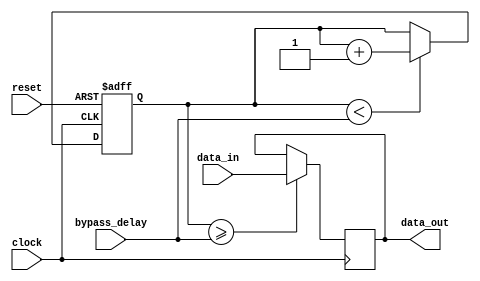
module bypass_register (
    input wire clock,
    input wire reset,
    input wire [3:0] bypass_delay,
    input wire data_in,
    output reg data_out
);

reg [3:0] counter;

always @(posedge clock or posedge reset) begin
    if (reset)
        counter <= 4'b0000;
    else if (counter < bypass_delay)
        counter <= counter + 1;
end

always @(posedge clock) begin
    if (counter >= bypass_delay)
        data_out <= data_in;
end

endmodule